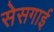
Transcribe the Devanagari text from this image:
सेसगाई